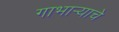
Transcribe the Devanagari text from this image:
गाभाऱ्याचे